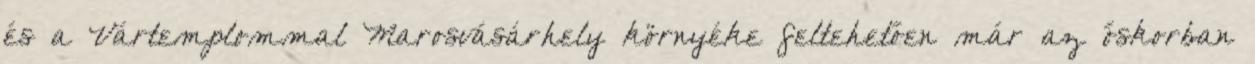
és a Vártemplommal Marosvásárhely környéke feltehetően már az őskorban